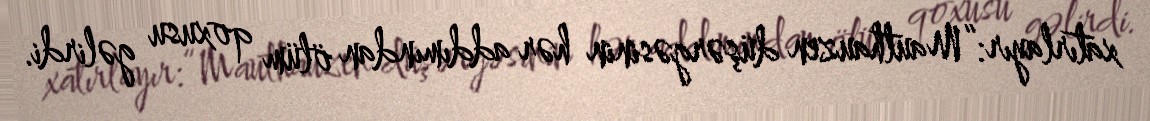
xatırlayır:“Mauthauzen düşərgəsinin hər addımından ölüm qoxusu gəlirdi.